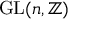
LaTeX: \operatorname { G L } ( n , \mathbb { Z } )